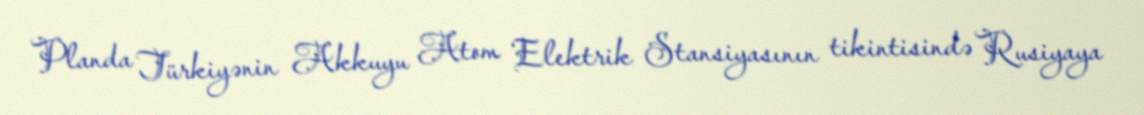
Planda Türkiyənin Akkuyu Atom Elektrik Stansiyasının tikintisində Rusiyaya